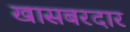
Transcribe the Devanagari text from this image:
खासबरदार